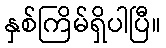
နှစ်ကြိမ်ရှိပါပြီ။